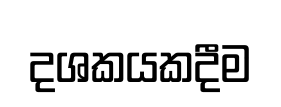
දශකයකදීම